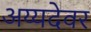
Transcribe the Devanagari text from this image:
अय्यदेवर